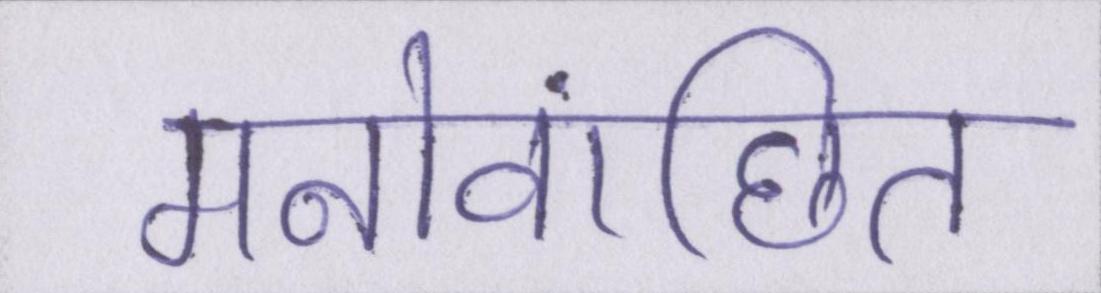
मनोवांछित